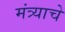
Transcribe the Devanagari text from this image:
मंत्र्याचे